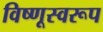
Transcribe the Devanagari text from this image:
विष्णूस्वरूप